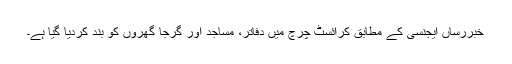
خبررساں ایجنسی کے مطابق کرائسٹ چرچ میں دفاتر، مساجد اور گرجا گھروں کو بند کردیا گیا ہے۔